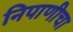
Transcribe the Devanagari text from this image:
निपाणीचा